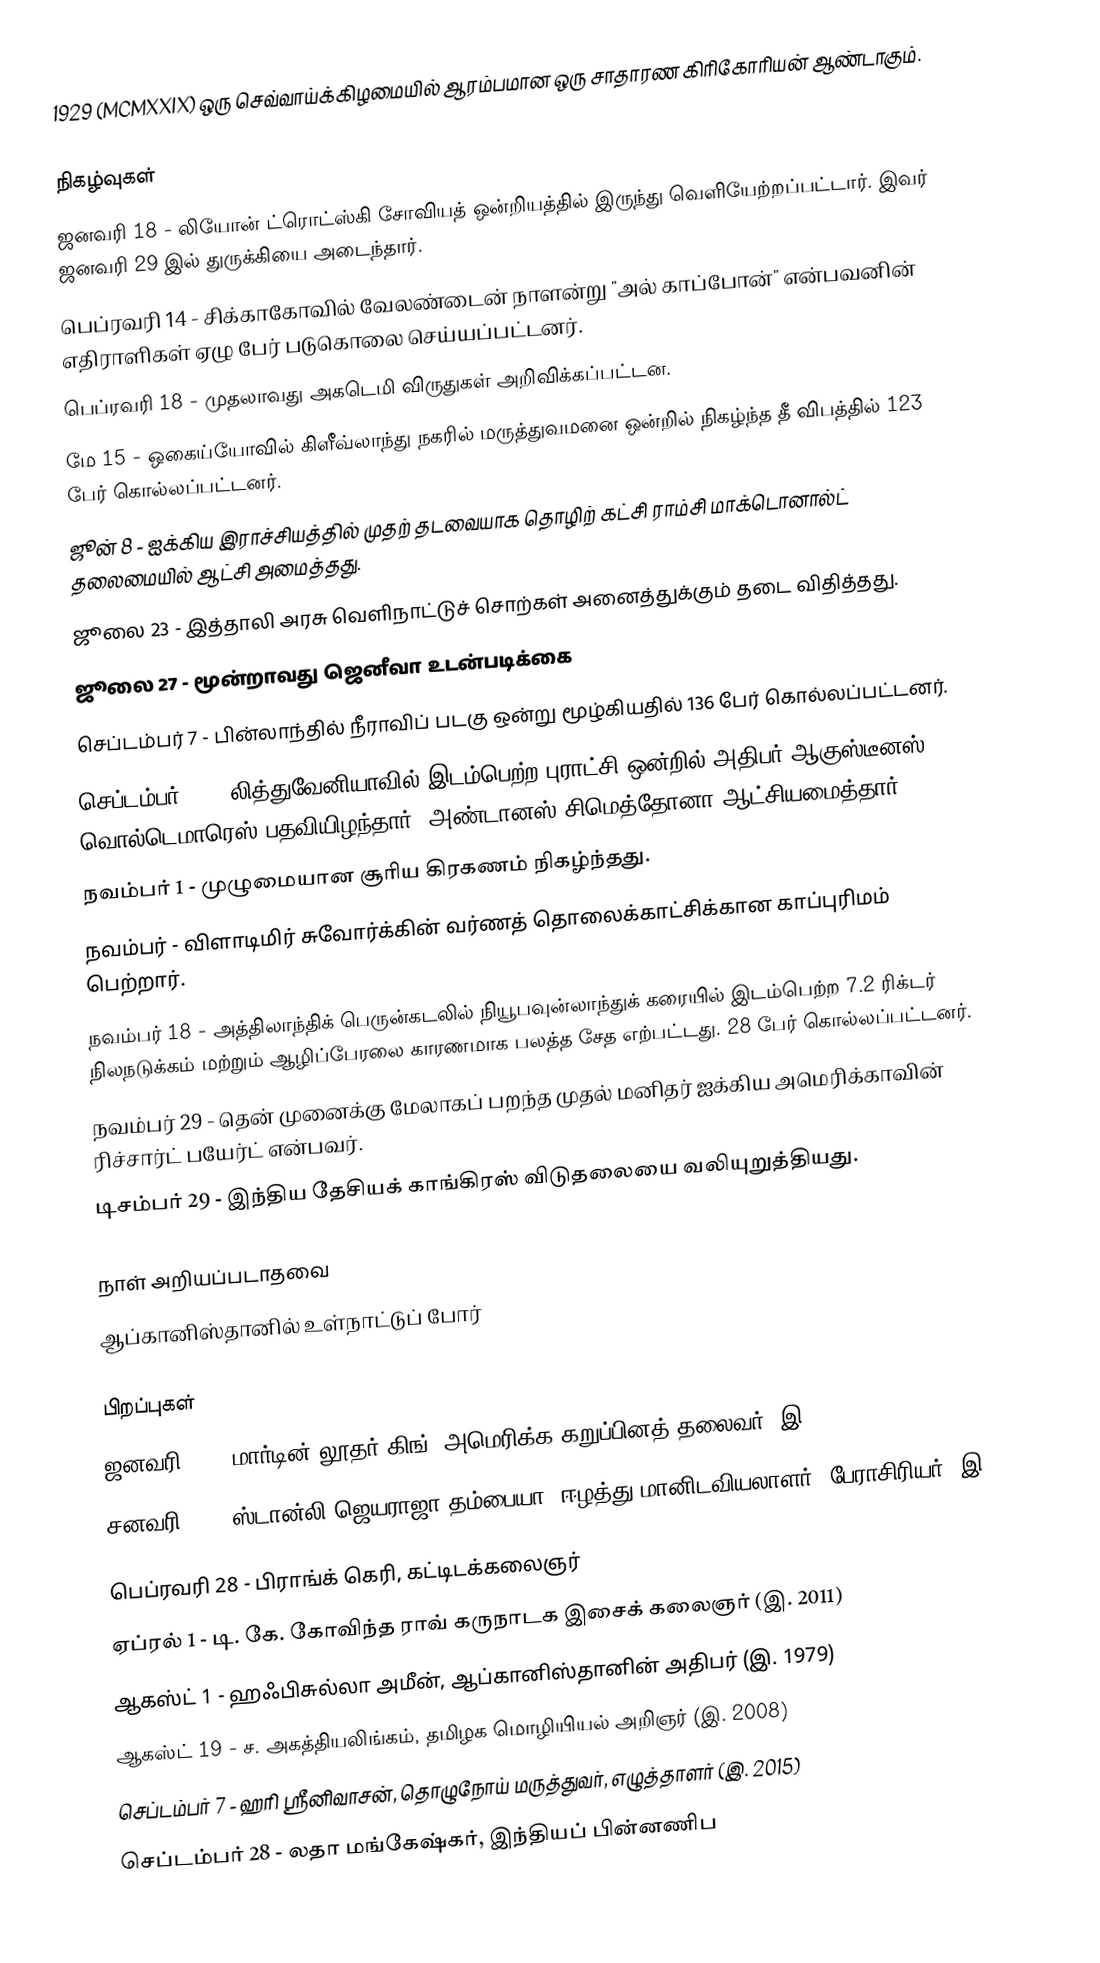
1929  (MCMXXIX) ஒரு செவ்வாய்க்கிழமையில் ஆரம்பமான ஒரு சாதாரண கிரிகோரியன் ஆண்டாகும்.

நிகழ்வுகள்
 ஜனவரி 18 - லியோன் ட்ரொட்ஸ்கி சோவியத் ஒன்றியத்தில் இருந்து வெளியேற்றப்பட்டார். இவர் ஜனவரி 29 இல் துருக்கியை அடைந்தார்.
 பெப்ரவரி 14 - சிக்காகோவில் வேலண்டைன் நாளன்று "அல் காப்போன்" என்பவனின் எதிராளிகள் ஏழு பேர் படுகொலை செய்யப்பட்டனர்.
 பெப்ரவரி 18 - முதலாவது அகடெமி விருதுகள் அறிவிக்கப்பட்டன.
 மே 15 - ஒகைய்யோவில் கிளீவ்லாந்து நகரில் மருத்துவமனை ஒன்றில் நிகழ்ந்த தீ விபத்தில் 123 பேர் கொல்லப்பட்டனர்.
 ஜூன் 8 - ஐக்கிய இராச்சியத்தில் முதற் தடவையாக தொழிற் கட்சி ராம்சி மாக்டொனால்ட் தலைமையில் ஆட்சி அமைத்தது.
 ஜூலை 23 - இத்தாலி அரசு வெளிநாட்டுச் சொற்கள் அனைத்துக்கும் தடை விதித்தது.
 ஜூலை 27 - மூன்றாவது ஜெனீவா உடன்படிக்கை
 செப்டம்பர் 7 - பின்லாந்தில் நீராவிப் படகு ஒன்று மூழ்கியதில் 136 பேர் கொல்லப்பட்டனர்.
 செப்டம்பர் 17 - லித்துவேனியாவில் இடம்பெற்ற புராட்சி ஒன்றில் அதிபர் ஆகுஸ்டீனஸ் வொல்டெமாரெஸ் பதவியிழந்தார். அண்டானஸ் சிமெத்தோனா ஆட்சியமைத்தார்.
 நவம்பர் 1 - முழுமையான சூரிய கிரகணம் நிகழ்ந்தது.
 நவம்பர் - விளாடிமிர் சுவோர்க்கின் வர்ணத் தொலைக்காட்சிக்கான காப்புரிமம் பெற்றார்.
 நவம்பர் 18 - அத்திலாந்திக் பெருன்கடலில் நியூபவுன்லாந்துக் கரையில் இடம்பெற்ற 7.2 ரிக்டர் நிலநடுக்கம் மற்றும் ஆழிப்பேரலை காரணமாக பலத்த சேத எற்பட்டது. 28 பேர் கொல்லப்பட்டனர்.
 நவம்பர் 29 - தென் முனைக்கு மேலாகப் பறந்த முதல் மனிதர் ஐக்கிய அமெரிக்காவின் ரிச்சார்ட் பயேர்ட் என்பவர்.
 டிசம்பர் 29 - இந்திய தேசியக் காங்கிரஸ் விடுதலையை வலியுறுத்தியது.

நாள் அறியப்படாதவை
 ஆப்கானிஸ்தானில் உள்நாட்டுப் போர்

பிறப்புகள்
 ஜனவரி 15 - மார்டின் லூதர் கிங், அமெரிக்க கறுப்பினத் தலைவர் (இ. 1968)
 சனவரி 16 - ஸ்டான்லி ஜெயராஜா தம்பையா, ஈழத்து மானிடவியலாளர், பேராசிரியர் (இ. 2014)
 பெப்ரவரி 28 - பிராங்க் கெரி, கட்டிடக்கலைஞர்
 ஏப்ரல் 1 - டி. கே. கோவிந்த ராவ் கருநாடக இசைக் கலைஞர் (இ. 2011)
 ஆகஸ்ட் 1 - ஹஃபிசுல்லா அமீன், ஆப்கானிஸ்தானின் அதிபர் (இ. 1979)
 ஆகஸ்ட் 19 - ச. அகத்தியலிங்கம், தமிழக மொழியியல் அறிஞர் (இ. 2008)
 செப்டம்பர் 7 - ஹரி ஸ்ரீனிவாசன், தொழுநோய் மருத்துவர், எழுத்தாளர் (இ. 2015)
 செப்டம்பர் 28 - லதா மங்கேஷ்கர், இந்தியப் பின்னணிப